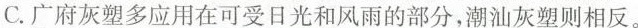
C.广府灰塑多应用在可受日光和风雨的部分，潮油灰塑则相反。